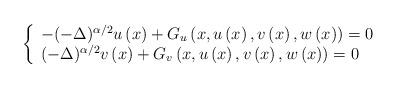
LaTeX: \begin{align*}\left\{\begin{array}[c]{l}-(-\Delta)^{\alpha/2}u\left( x\right) +G_{u}\left( x,u\left( x\right),v\left( x\right) ,w\left( x\right) \right) =0\\(-\Delta)^{\alpha/2}v\left( x\right) +G_{v}\left( x,u\left( x\right),v\left( x\right) ,w\left( x\right) \right) =0\end{array}\right. \end{align*}